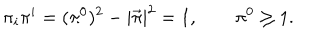
\pi _ { i } \pi ^ { i } = ( \pi ^ { 0 } ) ^ { 2 } - | \vec { \pi } | ^ { 2 } = 1 , \qquad \pi ^ { 0 } \geq 1 .